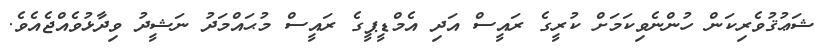
ޝަޢުޤުވެރިކަން ހުންނެވިކަމަށް ކުރީގެ ރައީސް އަދި އެމްޑީޕީގެ ރައީސް މުޙައްމަދު ނަޝީދު ވިދާޅުވެއްޖެއެވެ.